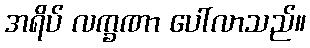
အရိပ် လက္ခဏာ ပေါ်လာသည်။